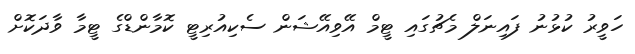
ހަވީރު ކުޅުނު ފައިނަލް މެޗުގައި ޓީމް އޭވިއޭޝަން ސެކިއުރިޓީ ކޮމާންޑްގެ ޓީމާ ވާދަކޮށް